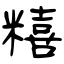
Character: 糦